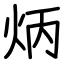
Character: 炳